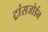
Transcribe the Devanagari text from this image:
ट्रांसजोर्डन